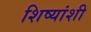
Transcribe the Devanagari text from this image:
शिष्यांशी